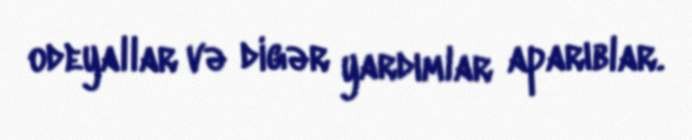
odeyallar və digər yardımlar aparıblar.